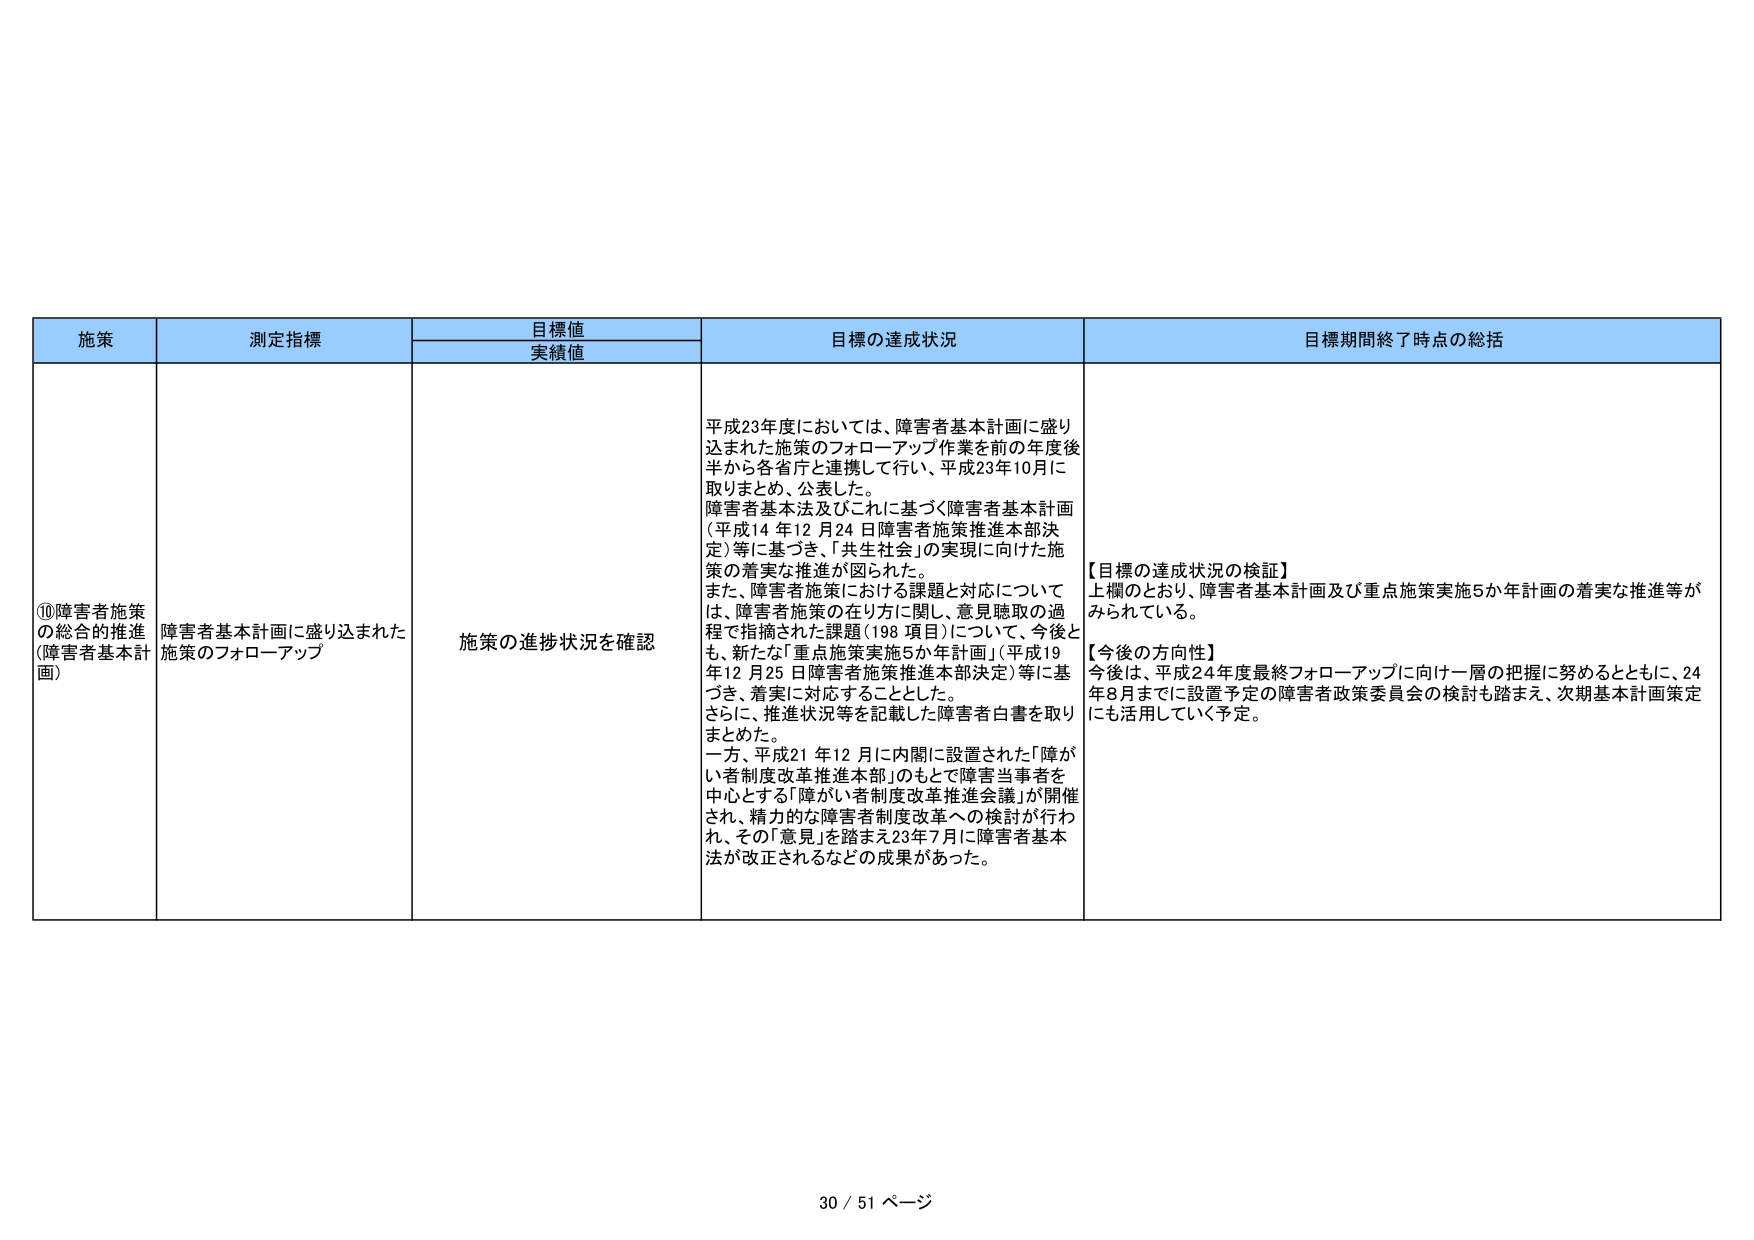
施策
測定指標
目標値
実績値
目標の達成状況
目標期間終了時点の総括
⑩障害者施策の総合的推進（障害者基本計画）
障害者基本計画に盛り込まれた施策のフォローアップ
施策の進捗状況を確認
平成23年度においては、障害者基本計画に盛り込まれた施策のフォローアップ作業を前の年度後半から各省庁と連携して行い、平成23年10月に取りまとめ、公表した。
障害者基本法及びこれに基づく障害者基本計画（平成14年12月24日障害者施策推進本部決定）等に基づき、「共生社会」の実現に向けた施策の着実な推進が図られた。
また、障害者施策における課題と対応については、障害者施策の在り方に関して、意見聴取の過程で指摘された課題（198項目）について、今後とも、新たな「重点施策実施5か年計画」（平成19年12月25日障害者施策推進本部決定）等に基づき、着実に対応することとした。
さらに、推進状況等を記載した障害者白書を取りまとめた。
一方、平成21年12月に内閣に設置された「障がい者制度改革推進本部」のもとで障害当事者を中心とする「障がい者制度改革推進会議」が開催され、精力的な障害者制度改革への検討が行われ、その「意見」を踏まえ23年7月に障害者基本法が改正されるなどの成果があった。
【目標の達成状況の検証】
上欄のとおり、障害者基本計画及び重点施策実施5か年計画の着実な推進等がみられている。
【今後の方向性】
今後は、平成24年度最終フォローアップに向け一層の把握に努めるとともに、24年8月までに設置予定の障害者政策委員会の検討も踏まえ、次期基本計画策定にも活用していく予定。
30 / 51 ページ